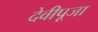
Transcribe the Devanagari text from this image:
देवीपूजा